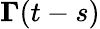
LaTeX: \boldsymbol{\Gamma}(t-s)